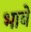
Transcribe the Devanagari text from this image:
भाबे